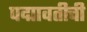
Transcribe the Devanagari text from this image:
पद्मावतीची